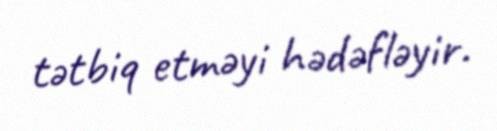
tətbiq etməyi hədəfləyir.